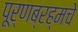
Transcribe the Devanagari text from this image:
पूर्णब्रह्मचे